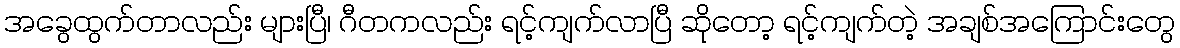
အခွေထွက်တာလည်း များပြီ၊ ဂီတကလည်း ရင့်ကျက်လာပြီ ဆိုတော့ ရင့်ကျက်တဲ့ အချစ်အကြောင်းတွေ